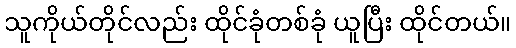
သူကိုယ်တိုင်လည်း ထိုင်ခုံတစ်ခုံ ယူပြီး ထိုင်တယ်။